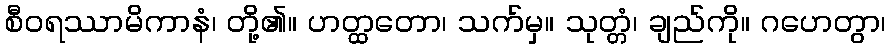
စီဝရဿာမိကာနံ၊ တို့၏။ ဟတ္ထတော၊ သက်မှ။ သုတ္တံ၊ ချည်ကို။ ဂဟေတွာ၊